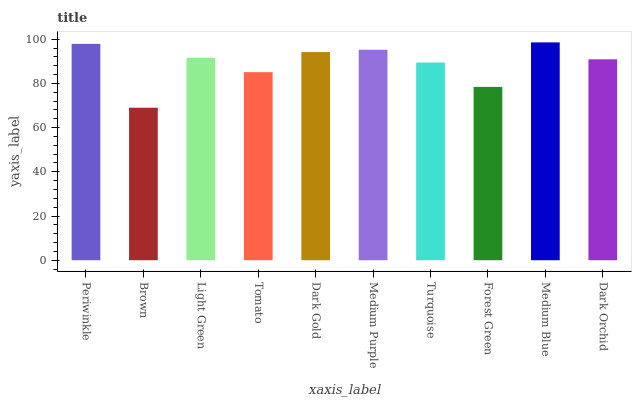
| xaxis_label | bars |
 | --- | --- |
 | Periwinkle | 97.9 |
 | Brown | 69 |
 | Light Green | 91.6 |
 | Tomato | 85.1 |
 | Dark Gold | 94.2 |
 | Medium Purple | 95.2 |
 | Turquoise | 89.5 |
 | Forest Green | 78.4 |
 | Medium Blue | 98.6 |
 | Dark Orchid | 90.9 |